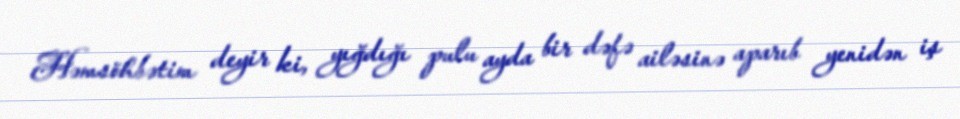
Həmsöhbətim deyir ki, yığdığı pulu ayda bir dəfə ailəsinə aparıb yenidən iş